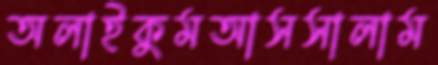
অলাইকুমআসসালাম